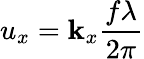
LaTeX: {{u}_{x}}={{\mathbf{k}}_{x}}\frac{{f\lambda}}{{2\pi}}